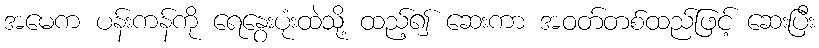
အမေက ပန်းကန်ကို ရေနွေးပုံးထဲသို့ ထည့်၍ ဆေးကာ အဝတ်တစ်ထည်ဖြင့် ဆေးပြီး